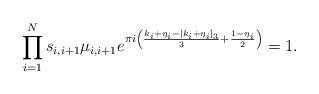
LaTeX: \begin{align*} \prod_{i=1}^N s_{i,i+1} \mu_{i,i+1} e^{\pi i\left( \frac{k_i + \eta_i - [k_i+\eta_i]_3}{3} + \frac{1-\eta_i}{2} \right)} = 1. \end{align*}